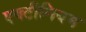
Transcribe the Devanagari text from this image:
एक्टीनियम